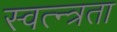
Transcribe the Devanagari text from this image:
स्वत्न्त्रता